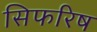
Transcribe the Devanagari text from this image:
सिफरिष